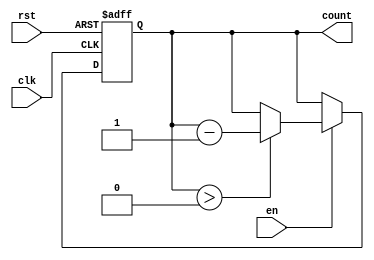
module down_counter #(
    parameter N = 8 // Define the maximum count value (N)
)(
    input wire clk,      // Clock signal
    input wire rst,      // Asynchronous reset signal
    input wire en,       // Enable signal
    output reg [N-1:0] count // Counter output
);

// Initialize the counter to the maximum value (N)
initial begin
    count = N; // Set initial count value to N
end

// Always block for counter operation
always @(posedge clk or posedge rst) begin
    if (rst) begin
        count <= N; // Reset the counter to N
    end else if (en) begin
        if (count > 0) begin
            count <= count - 1; // Decrement the counter
        end
        // Optionally, you can handle wrap-around here
        // else begin
        //     count <= N; // Wrap around to N when reaching zero
        // end
    end
end

endmodule